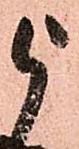
被